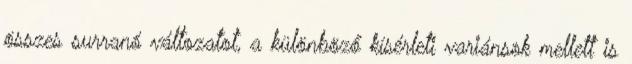
összes surranó változatot, a különböző kísérleti variánsok mellett is